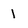
Character: 1